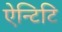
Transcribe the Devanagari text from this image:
ऐन्टिटि